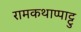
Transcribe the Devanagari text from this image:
रामकथाप्पाट्टु